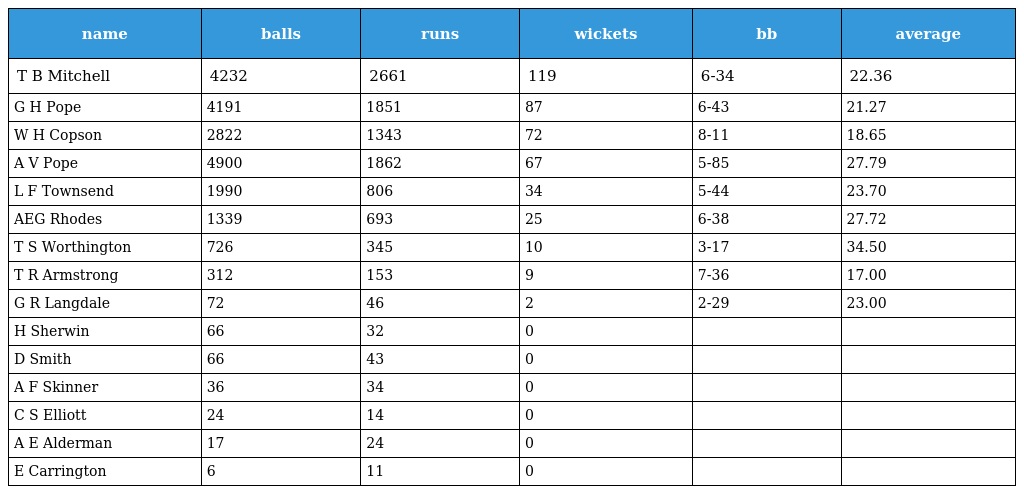
| name | balls | runs | wickets | bb | average |
 | --- | --- | --- | --- | --- | --- |
 | T B Mitchell | 4232 | 2661 | 119 | 6-34 | 22.36 |
 | G H Pope | 4191 | 1851 | 87 | 6-43 | 21.27 |
 | W H Copson | 2822 | 1343 | 72 | 8-11 | 18.65 |
 | A V Pope | 4900 | 1862 | 67 | 5-85 | 27.79 |
 | L F Townsend | 1990 | 806 | 34 | 5-44 | 23.70 |
 | AEG Rhodes | 1339 | 693 | 25 | 6-38 | 27.72 |
 | T S Worthington | 726 | 345 | 10 | 3-17 | 34.50 |
 | T R Armstrong | 312 | 153 | 9 | 7-36 | 17.00 |
 | G R Langdale | 72 | 46 | 2 | 2-29 | 23.00 |
 | H Sherwin | 66 | 32 | 0 |  |  |
 | D Smith | 66 | 43 | 0 |  |  |
 | A F Skinner | 36 | 34 | 0 |  |  |
 | C S Elliott | 24 | 14 | 0 |  |  |
 | A E Alderman | 17 | 24 | 0 |  |  |
 | E Carrington | 6 | 11 | 0 |  |  |